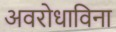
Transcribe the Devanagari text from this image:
अवरोधाविना